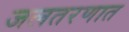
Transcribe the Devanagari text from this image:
जलतरणात